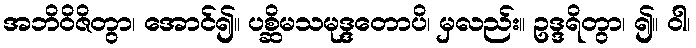
အဘိဝိဇိတွာ၊ အောင်၍။ ပစ္ဆိမသမုဒ္ဒတောပိ၊ မှလည်း။ ဥဒ္ဒရိတွာ၊ ၍။ ဝါ၊